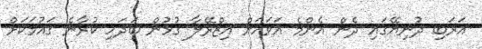
އަރަބި ދުނިޔޭގައި ދެން އެންމެ އަވަހަށް އިޒްރޭލާ ގުޅުން ބަދަހި ކުރާނެ ގައުމަކަށް